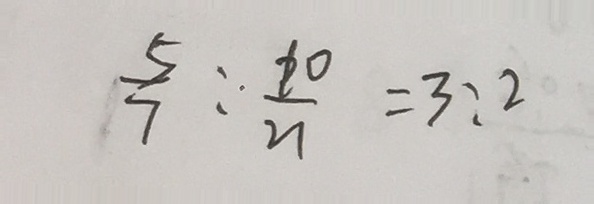
\frac { 5 } { 7 } : \frac { 1 0 } { 2 1 } = 3 : 2